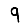
Digit: 9